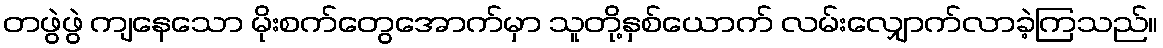
တဖွဲဖွဲ ကျနေသော မိုးစက်တွေအောက်မှာ သူတို့နှစ်ယောက် လမ်းလျှောက်လာခဲ့ကြသည်။